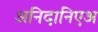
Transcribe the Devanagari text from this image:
अनिदानिएअ